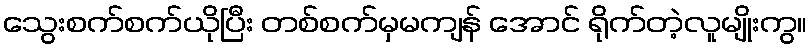
သွေးစက်စက်ယိုပြီး တစ်စက်မှမကျန် အောင် ရိုက်တဲ့လူမျိုးကွ။